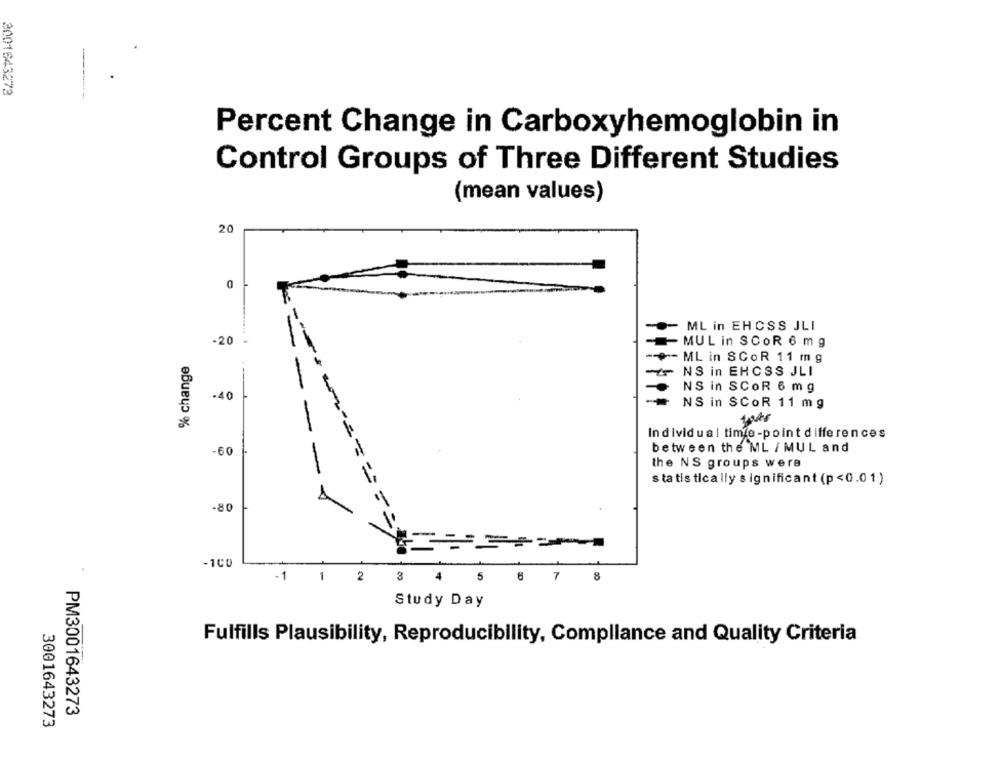
3001643273
Percent Change in Carboxyhemoglobin in
Control Groups of Three Different Studies
(mean values)
20
ML in EHCSS JLI
-20
MUL in SCOR 6 mg
--
ML in SCOR 11 mg
% change
NS in EHCSS JLI
NS in SCOR 6 mg
-40
NS in SCOR 11 mg
--
Individual time -point differences
between the ML / MUL and
-60
the NS groups were
-
statis tically significant (p<0.01)
-80
****======
-1CO
-1
1 2 3 4
5 6 7 8
Study Day
Fulfills Plausibility, Reproducibility, Compliance and Quality Criteria
PM3001643273
3001643273